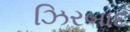
ઝિરબાદ